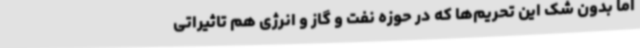
اما بدون شک این تحریم‌ها که در حوزه نفت و گاز و انرژی هم تاثیراتی